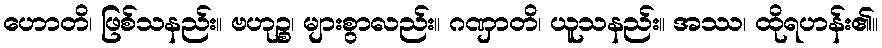
ဟောတိ၊ ဖြစ်သနည်း။ ဗဟုဉ္စ၊ များစွာလည်း။ ဂဏှာတိ၊ ယူသနည်း။ အဿ၊ ထိုရဟန်း၏။